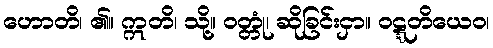
ဟောတိ၊ ၏။ ဣတိ၊ သို့။ ဝတ္တုံ၊ ဆိုခြင်းငှာ။ ဝဋ္ဋတိယေဝ၊